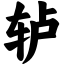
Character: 轳